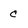
Character: c